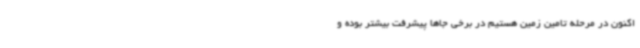
‌اکنون در مرحله تامین زمین هستیم در برخی جاها پیشرفت بیشتر بوده و